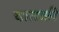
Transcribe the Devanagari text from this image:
चातकी